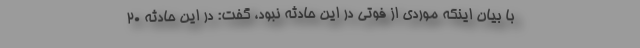
با بیان اینکه موردی از فوتی در این حادثه نبود، گفت: در این حادثه ۲۰